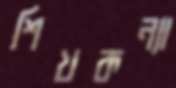
শিখকন্যা